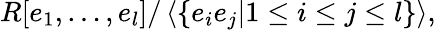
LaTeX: R[e_{1},\ldots,e_{l}]/\left\langle\{ e_{i}e_{j}|1\leq i\leq j\leq l\} \right\rangle,